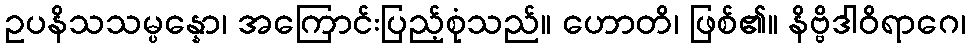
ဥပနိသသမ္ပန္နော၊ အကြောင်းပြည့်စုံသည်။ ဟောတိ၊ ဖြစ်၏။ နိဗ္ဗိဒါဝိရာဂေ၊